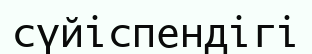
сүйіспендігі